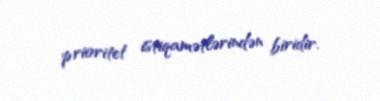
prioritet istiqamətlərindən biridir.